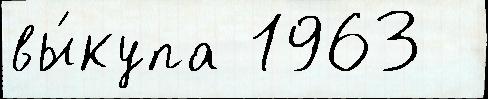
вы́купа 1963